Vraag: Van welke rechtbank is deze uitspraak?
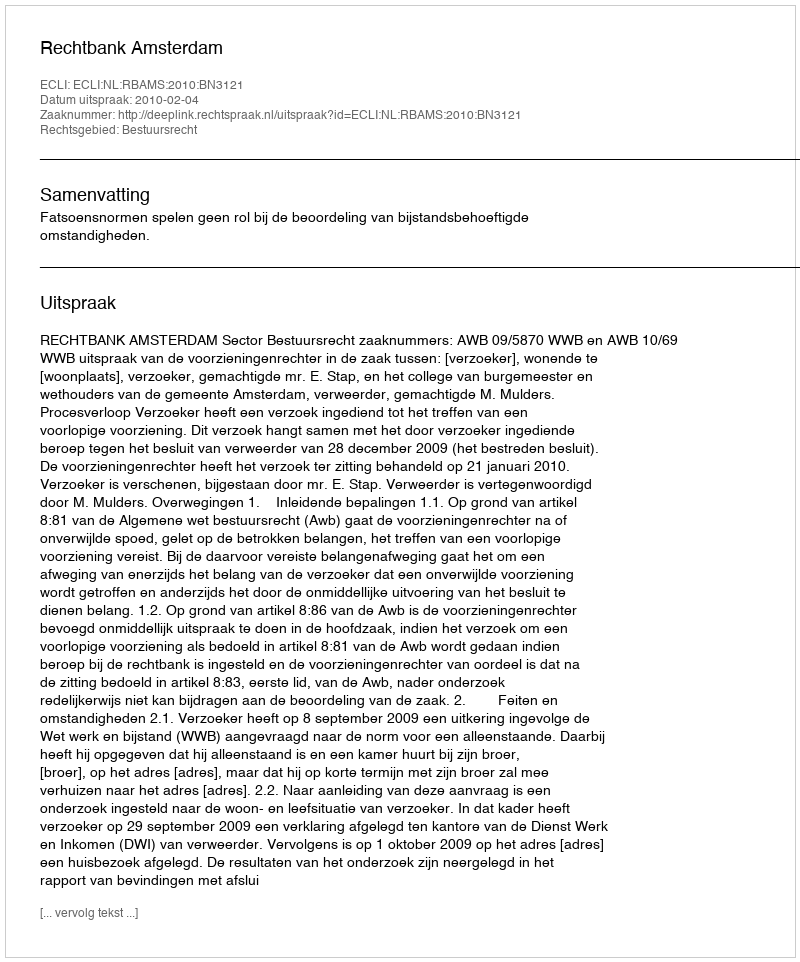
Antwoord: Rechtbank Amsterdam